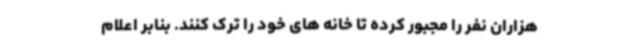
هزاران نفر را مجبور کرده تا خانه های خود را ترک کنند. بنابر اعلام